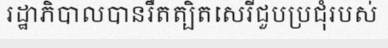
រដ្ឋាភិបាលបានរឹតត្បិតសេរីជួបប្រជុំរបស់